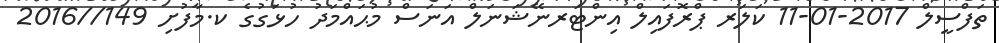
ތަފްސީލް 2017-01-11 ކަލަރ ޕްރޮފައިލް އިންޓަރނޭޝަނަލް އަނަސް މުޙައްމަދު ހުޅަގުގެ ކ.މާފުށި 149//2016